Civil Veterinary Department. Central Provinces & Berar 1925-31 - 1925-1931
Year: 1925
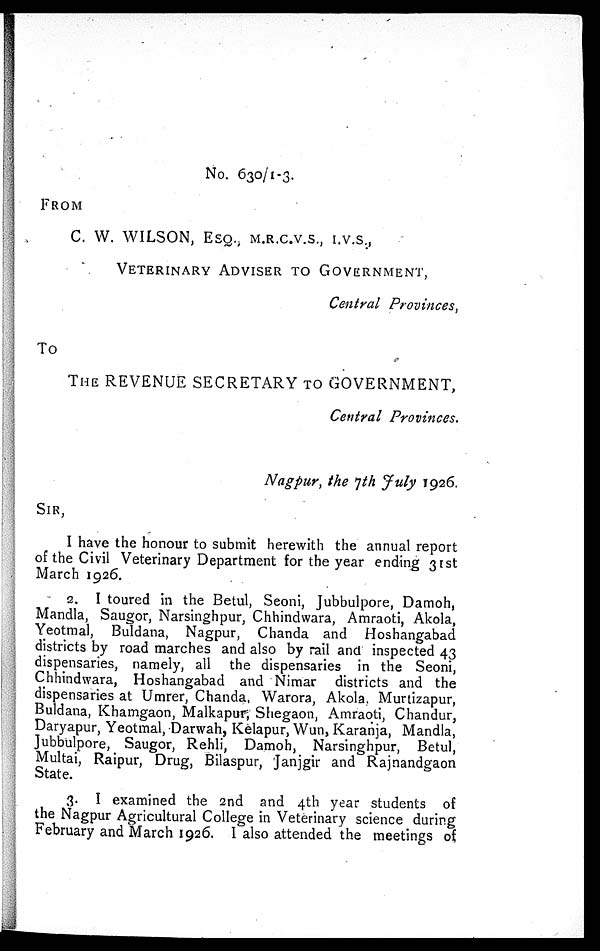
No. 630/1-3.
FROM
C. W. WILSON, ESQ., M.R.C.V.S., I.V.S.,
VETERINARY
ADVISER
TO
GOVERNMENT,
Central Provinces,
To
THE REVENUE SECRETARY TO GOVERNMENT,
Central Provinces.
Nagpur, the 7th July 1926.
SIR,
I have the honour to submit herewith the annual report
of the Civil Veterinary Department for the year ending 31st
March 1926.
2. I toured in the Betul, Seoni, Jubbulpore, Damoh,
Mandla, Saugor, Narsinghpur, Chhindwara, Amraoti, Akola,
Yeotmal, Buldana, Nagpur, Chanda and Hoshangabad
districts by road marches and also by rail and inspected 43
dispensaries, namely, all the dispensaries in the Seoni,
Chhindwara, Hoshangabad and Nimar districts and the
dispensaries at Umrer, Chanda, Warora, Akola, Murtizapur,
Buldana, Khamgaon, Malkapur, Shegaon, Amraoti, Chandur,
Daryapur, Yeotmal, Darwah, Kelapur, Wun, Karanja, Mandla,
Jubbulpore, Saugor, Rehli, Damoh, Narsinghpur, Betul,
Multai, Raipur, Drug, Bilaspur, Janjgir and Rajnandgaon
State.
3. I examined the 2nd and 4th year students of
the Nagpur Agricultural College in Veterinary science during
February and March 1926. I also attended the meetings of